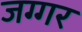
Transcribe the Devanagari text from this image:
जग्गर